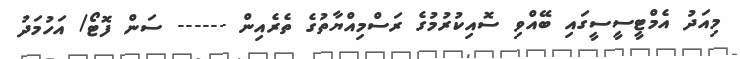
މިއަދު އެމްޓީސީސީގައި ބޭއްވި ސޮއިކުރުމުގެ ރަސްމިއްޔާތުގެ ތެރެއިން ------ ސަން ފޮޓޯ/ އަހުމަދު